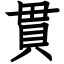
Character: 貫